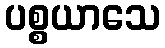
ပစ္စယာသေ